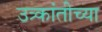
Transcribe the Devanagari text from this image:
उत्र्कांतीच्या